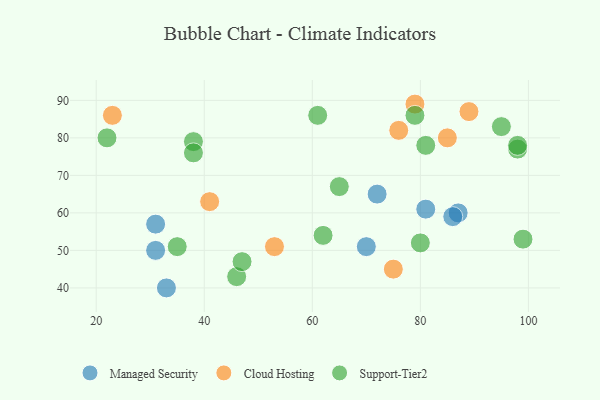
{"axis": {"x": "GDP", "y": "Life Expectancy"}, "legend": ["Cloud Hosting", "Managed Security", "Support-Tier2"], "data": [{"x": "31", "y": 57, "type": "Managed Security"}, {"x": "81", "y": 61, "type": "Managed Security"}, {"x": "31", "y": 50, "type": "Managed Security"}, {"x": "72", "y": 65, "type": "Managed Security"}, {"x": "87", "y": 60, "type": "Managed Security"}, {"x": "86", "y": 59, "type": "Managed Security"}, {"x": "70", "y": 51, "type": "Managed Security"}, {"x": "33", "y": 40, "type": "Managed Security"}, {"x": "76", "y": 82, "type": "Cloud Hosting"}, {"x": "53", "y": 51, "type": "Cloud Hosting"}, {"x": "85", "y": 80, "type": "Cloud Hosting"}, {"x": "23", "y": 86, "type": "Cloud Hosting"}, {"x": "75", "y": 45, "type": "Cloud Hosting"}, {"x": "79", "y": 89, "type": "Cloud Hosting"}, {"x": "41", "y": 63, "type": "Cloud Hosting"}, {"x": "89", "y": 87, "type": "Cloud Hosting"}, {"x": "62", "y": 54, "type": "Support-Tier2"}, {"x": "22", "y": 80, "type": "Support-Tier2"}, {"x": "46", "y": 43, "type": "Support-Tier2"}, {"x": "65", "y": 67, "type": "Support-Tier2"}, {"x": "98", "y": 77, "type": "Support-Tier2"}, {"x": "80", "y": 52, "type": "Support-Tier2"}, {"x": "38", "y": 79, "type": "Support-Tier2"}, {"x": "61", "y": 86, "type": "Support-Tier2"}, {"x": "47", "y": 47, "type": "Support-Tier2"}, {"x": "79", "y": 86, "type": "Support-Tier2"}, {"x": "98", "y": 78, "type": "Support-Tier2"}, {"x": "81", "y": 78, "type": "Support-Tier2"}, {"x": "38", "y": 76, "type": "Support-Tier2"}, {"x": "99", "y": 53, "type": "Support-Tier2"}, {"x": "35", "y": 51, "type": "Support-Tier2"}, {"x": "95", "y": 83, "type": "Support-Tier2"}]}